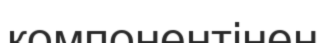
компонентінен